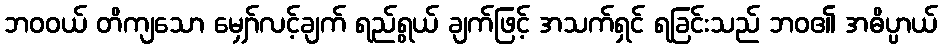
ဘဝဝယ် တိကျသော မျှော်လင့်ချက် ရည်ရွယ် ချက်ဖြင့် အသက်ရှင် ရခြင်းသည် ဘဝ၏ အဓိပ္ပာယ်